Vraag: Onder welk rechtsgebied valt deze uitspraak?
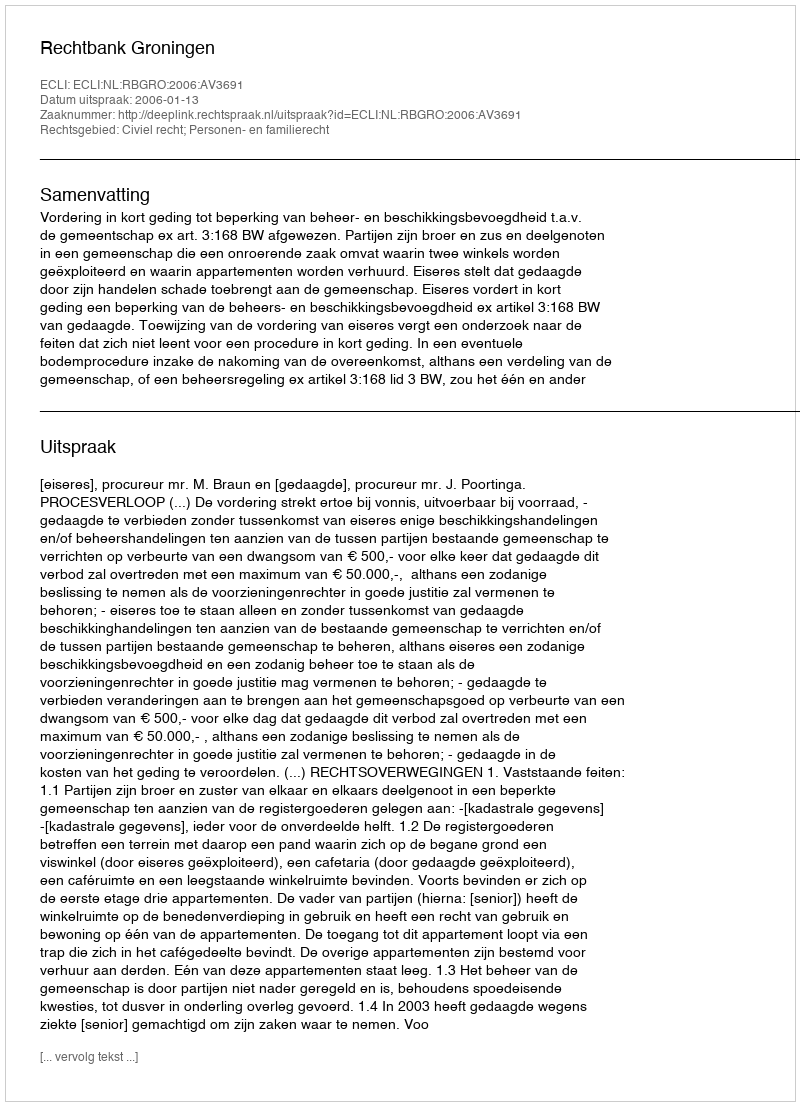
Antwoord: Civiel recht; Personen- en familierecht